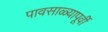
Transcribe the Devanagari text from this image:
पावसाळ्यापूर्वी